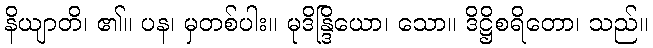
နိယျာတိ၊ ၏။ ပန၊ မှတစ်ပါး။ မုဒိန္ဒြိယော၊ သော။ ဒိဋ္ဌိစရိတော၊ သည်။